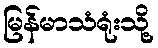
မြန်မာသံရုံးသို့